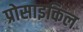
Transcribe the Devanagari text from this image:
प्रोसाइकिल